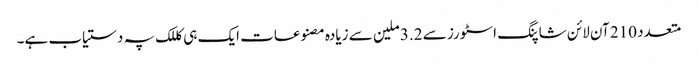
متعدد 210 آن لائن شاپنگ اسٹورز سے 3.2 ملین سے زیادہ مصنوعات ایک ہی کللک پہ دستیاب ہے۔